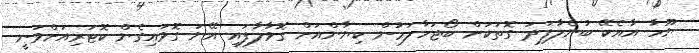
ޔޫހާ އާއެކޭ ބުނެލާފަދަ ގޮތަކަށް ބޯޖަހާލަމުން ކިޔާންއަށް ގޮވާލާފައި އޭނަ ގޮވައިގެން ކޮޓަރިއަށްވަނީ